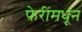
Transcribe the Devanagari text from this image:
फेरींमधून